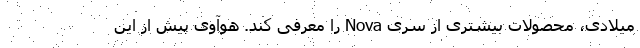
میلادی، محصولات بیشتری از سری Nova را معرفی کند. هوآوی پیش از این